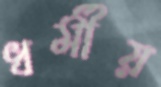
ধর্মীয়